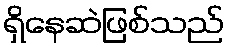
ရှိနေဆဲဖြစ်သည်